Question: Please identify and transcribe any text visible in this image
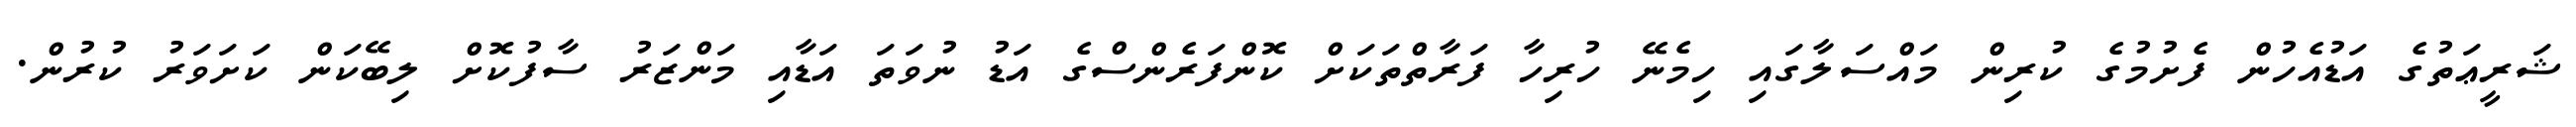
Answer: ޝަރީޢަތުގެ އަޑުއެހުން ފެށުމުގެ ކުރިން މައްސަލާގައި ހިމެނޭ ހުރިހާ ފަރާތްތަކަށް ކޮންފަރެންސްގެ އަޑު ނުވަތަ އަޑާއި މަންޒަރު ސާފުކޮށް ލިބޭކަން ކަށަވަރު ކުރުން.